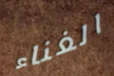
الغناء